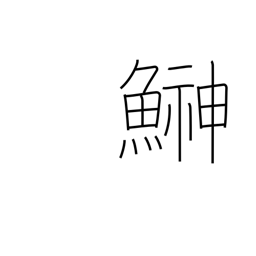
Meaning: sandfish